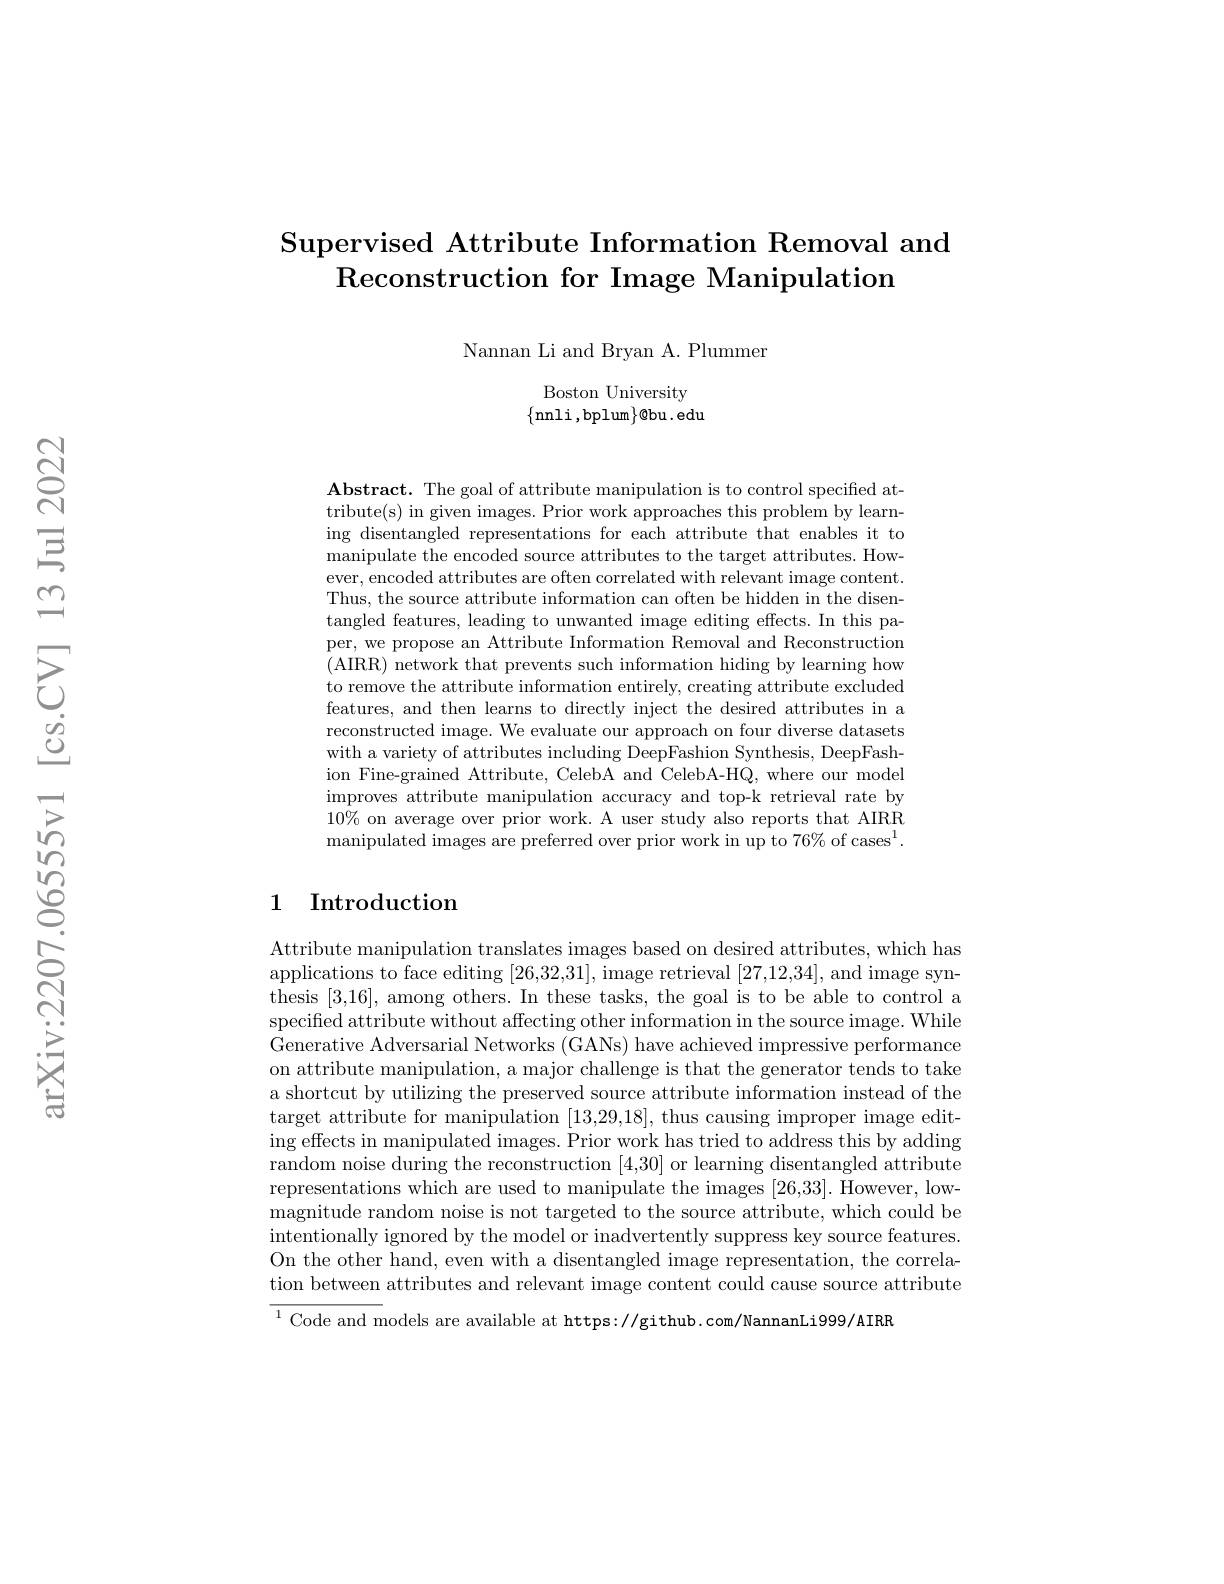
# Supervised Attribute Information Removal and Reconstruction for Image Manipulation

Nannan Li and Bryan A. Plummen

Boston University $\{$nnli,bplum$\}\otimes$bu.edu

$\mathbf{Abstract.~The~goal~of~attribute~manipulation~is~to~control~specified~at-~}$ tribute(s) in given images. Prior work approaches this problem by learning disentangled representations for each attribute that enables it to manipulate the encoded source attributes to the target attributes. However, encoded attributes are often correlated with relevant image content. Thus, the source attribute information can often be hidden in the disentangled features, leading to unwanted image editing effects. In this paper, we propose an Attribute Information Removal and Reconstruction (AIRR) network that prevents such information hiding by learning how to remove the attribute information entirely, creating attribute excluded features, and then learns to directly inject the desired attributes in a reconstructed image. We evaluate our approach on four diverse datasets with a variety of attributes including DeepFashion Synthesis, DeepFashion Fine-grained Attribute, CelebA and CelebA-HQ, where our model improves attribute manipulation accuracy and top-k retrieval rate by $10\%$ on average over prior work. A user study also reports that AIRR manipulated images are preferred over prior work in up to 76% of cases$^1.$

## 1 Introduction

Attribute manipulation translates images based on desired attributes, which has applications to face editing [26,32,31], image retrieval [27,12,34], and image synthesis [3,16], among others. In these tasks, the goal is to be able to control a specified attribute without affecting other information in the source image. While Generative Adversarial Networks (GANs) have achieved impressive performance on attribute manipulation, a major challenge is that the generator tends to take a shortcut by utilizing the preserved source attribute information instead of the target attribute for manipulation [13,29,18], thus causing improper image editing effects in manipulated images. Prior work has tried to address this by adding random noise during the reconstruction [4,30] or learning disentangled attribute representations which are used to manipulate the images [26,33]. However, lowmagnitude random noise is not targeted to the source attribute, which could be intentionally ignored by the model or inadvertently suppress key source features. On the other hand, even with a disentangled image representation, the correlation between attributes and relevant image content could cause source attribute $\overline{^{1}\text{Code and m}}$odels are available at https://github.com/NannanLi999/AIRR